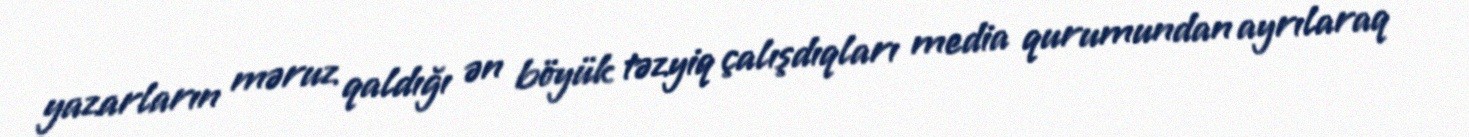
yazarların məruz qaldığı ən böyük təzyiq çalışdıqları media qurumundan ayrılaraq